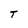
Character: T